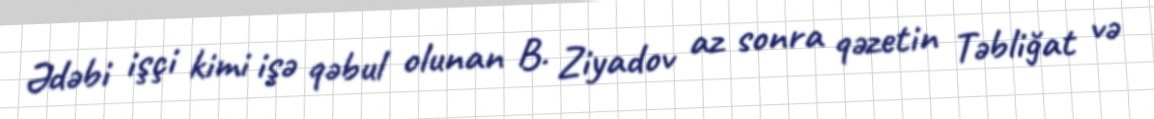
Ədəbi işçi kimi işə qəbul olunan B. Ziyadov az sonra qəzetin Təbliğat və